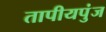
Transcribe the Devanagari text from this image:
तापीयपुंज